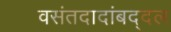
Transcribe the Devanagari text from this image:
वसंतदादांबद्दल